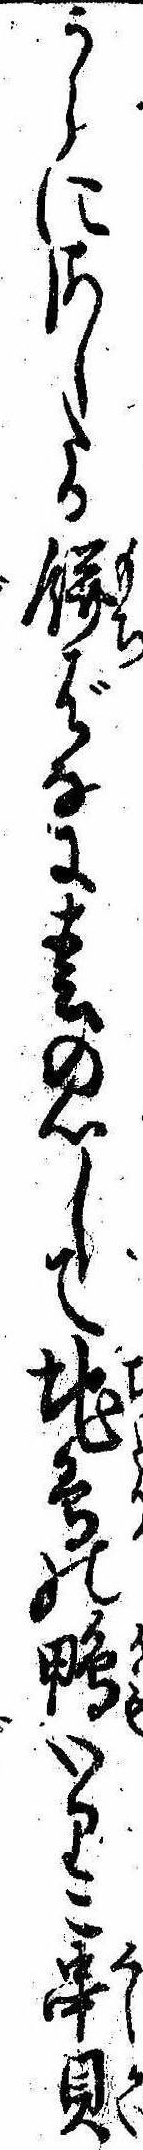
うらにさしたる餅ばなに春の心して地鳥の鴨いりこ串貝